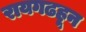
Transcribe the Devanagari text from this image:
रायगढहून